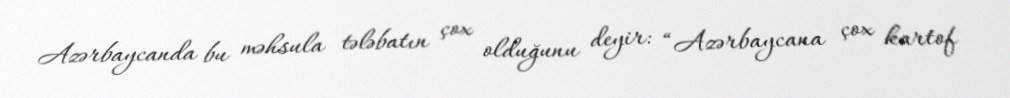
Azərbaycanda bu məhsula tələbatın çox olduğunu deyir: “Azərbaycana çox kartof